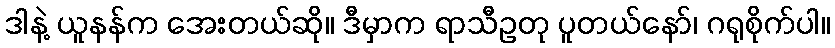
ဒါနဲ့ ယူနန်က အေးတယ်ဆို။ ဒီမှာက ရာသီဥတု ပူတယ်နော်၊ ဂရုစိုက်ပါ။